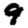
Digit: 9